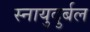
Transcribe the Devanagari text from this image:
स्नायुदुर्बल